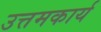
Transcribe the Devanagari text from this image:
उत्तमकार्य